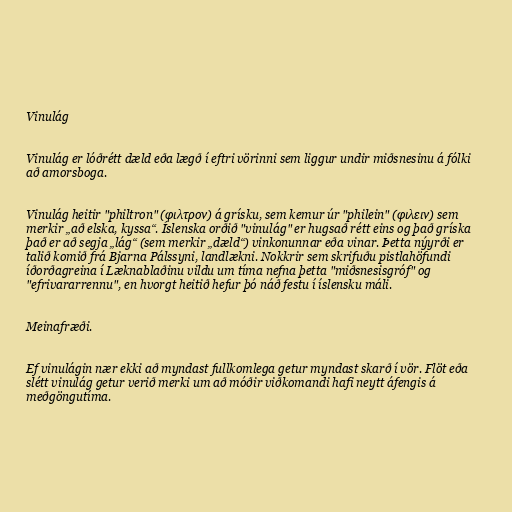
Vinulág

Vinulág er lóðrétt dæld eða lægð í eftri vörinni sem liggur undir miðsnesinu á fólki
að amorsboga.

Vinulág heitir "philtron" (φιλτρον) á grísku, sem kemur úr "philein" (φιλειν) sem
merkir „að elska, kyssa“. Íslenska orðið "vinulág" er hugsað rétt eins og það gríska
það er að segja „lág“ (sem merkir „dæld“) vinkonunnar eða vinar. Þetta nýyrði er
talið komið frá Bjarna Pálssyni, landlækni. Nokkrir sem skrifuðu pistlahöfundi
íðorðagreina í Læknablaðinu vildu um tíma nefna þetta "miðsnesisgróf" og
"efrivararrennu", en hvorgt heitið hefur þó náð festu í íslensku máli.

Meinafræði.

Ef vinulágin nær ekki að myndast fullkomlega getur myndast skarð í vör. Flöt eða
slétt vinulág getur verið merki um að móðir viðkomandi hafi neytt áfengis á
meðgöngutíma.